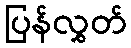
ပြန်လွှတ်